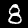
Label: 8